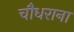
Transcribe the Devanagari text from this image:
चौधराना